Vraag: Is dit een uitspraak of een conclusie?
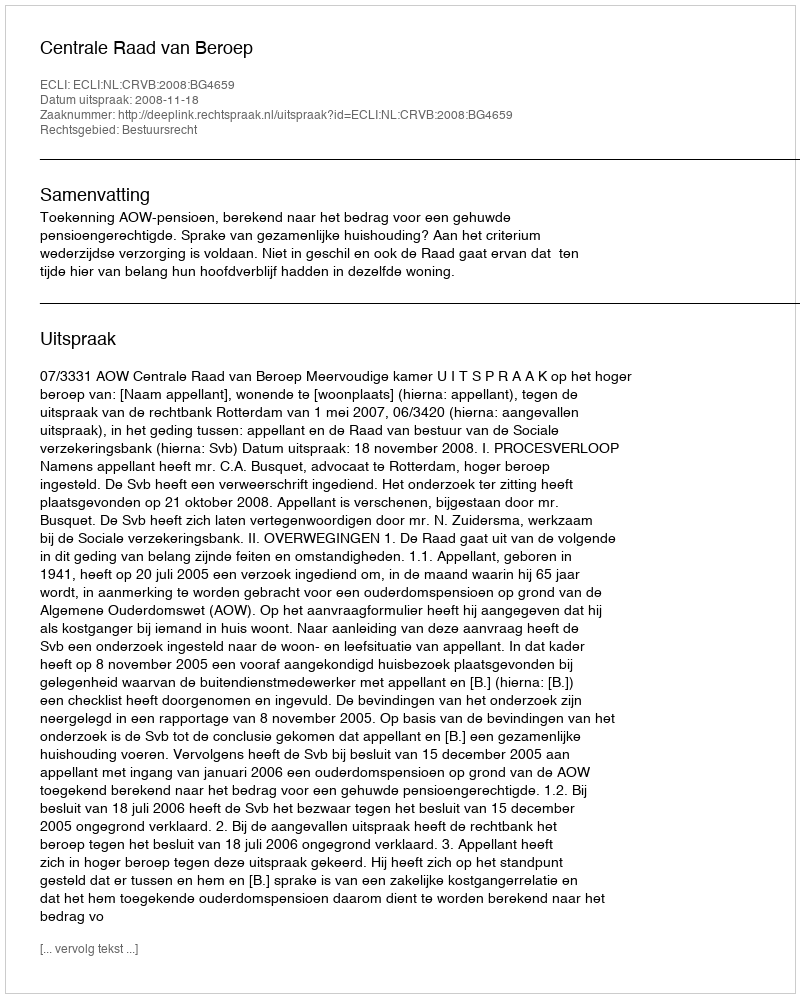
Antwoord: Uitspraak